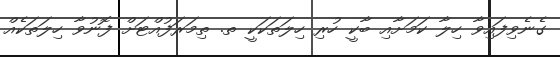
ގެނެވިފައިވާ ހިލާ ކަމަށާއި ބާކީ ހުރި ހިލަތަކަކީ ތ. ތިމަރަފުއްޓަށް ފޮނުވާ ހިލަތަކެއް